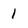
Character: 1